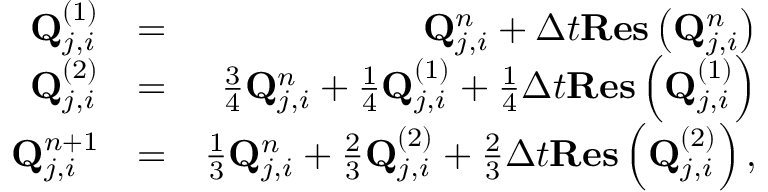
\begin{array} { r l r } { \mathbf { Q } _ { j , i } ^ { ( 1 ) } } & { = } & { \mathbf { Q } _ { j , i } ^ { n } + \Delta t \mathbf { R e s } \left( \mathbf { Q } _ { j , i } ^ { n } \right) } \\ { \mathbf { Q } _ { j , i } ^ { ( 2 ) } } & { = } & { \frac { 3 } { 4 } \mathbf { Q } _ { j , i } ^ { n } + \frac { 1 } { 4 } \mathbf { Q } _ { j , i } ^ { ( 1 ) } + \frac { 1 } { 4 } \Delta t \mathbf { R e s } \left( \mathbf { Q } _ { j , i } ^ { ( 1 ) } \right) } \\ { \mathbf { Q } _ { j , i } ^ { n + 1 } } & { = } & { \frac { 1 } { 3 } \mathbf { Q } _ { j , i } ^ { n } + \frac { 2 } { 3 } \mathbf { Q } _ { j , i } ^ { ( 2 ) } + \frac { 2 } { 3 } \Delta t \mathbf { R e s } \left( \mathbf { Q } _ { j , i } ^ { ( 2 ) } \right) , } \end{array}